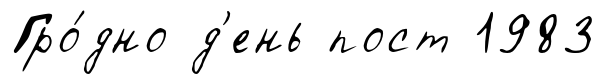
Гро́дно д'ень пост 1983